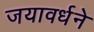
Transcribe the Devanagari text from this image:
जयावर्धने